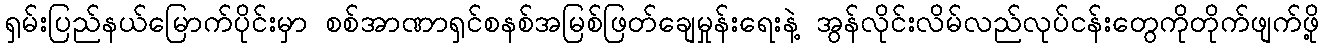
ရှမ်းပြည်နယ်မြောက်ပိုင်းမှာ စစ်အာဏာရှင်စနစ်အမြစ်ဖြတ်ချေမှုန်းရေးနဲ့ အွန်လိုင်းလိမ်လည်လုပ်ငန်းတွေကိုတိုက်ဖျက်ဖို့